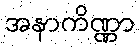
အနာကိဏ္ဏာ